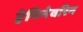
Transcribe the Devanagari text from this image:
हेमिनेवरिन